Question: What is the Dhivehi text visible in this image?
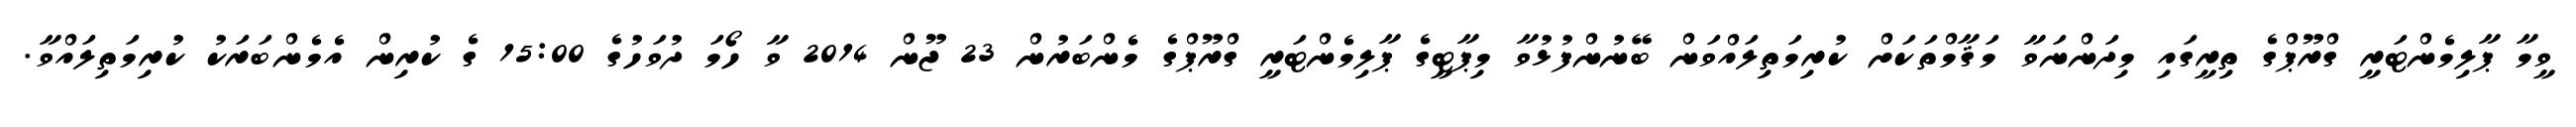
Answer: ވީމާ ޕާލިމެންޓަރީ ގްރޫޕްގެ ތިރީގައި މިދަންނަވާ މަޤާމްތަކަށް ކުރިމަތިލައްވަން ބޭނުންފުޅުވާ މިޕާޓީގެ ޕާލިމެންޓަރީ ގްރޫޕްގެ މެންބަރުން 23 ޖޫން 2014 ވާ ހޯމަ ދުވަހުގެ 15:00 ގެ ކުރިން އެމެންބަރަކު ކުރިމަތިލައްވާ.